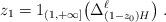
LaTeX: \begin{align*}z_1 = 1_{(1,+\infty]}\bigl(\Delta^\ell_{(1-z_0)H}\bigr) \; .\end{align*}